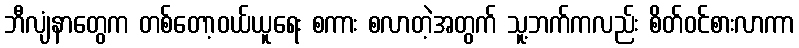
ဘီလျံနာတွေက တစ်တော့ဝယ်ယူရေး စကား စလာတဲ့အတွက် သူ့ဘက်ကလည်း စိတ်ဝင်စားလာကာ